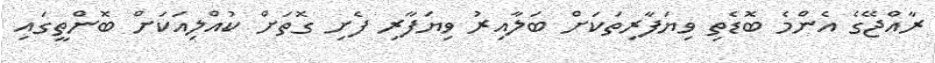
ރާއްޖޭގެ އެންމެ ބޮޑެތި ވިޔަފާރިތަކަށް ބަލާއިރު ވިޔަފާރި ފެށި ގޮތަށް ކުއްލިއަކަށް ބޮންތީގައި